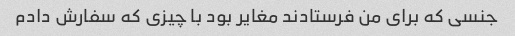
جنسی که برای من فرستادند مغایر بود با چیزی که سفارش دادم